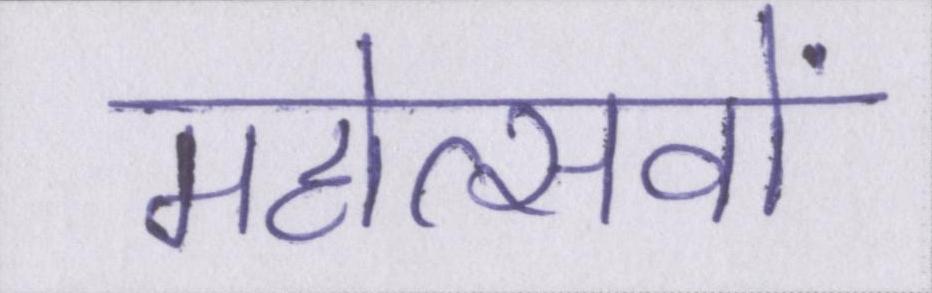
महोत्सवों